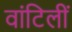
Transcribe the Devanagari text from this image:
वांटिलीं